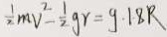
\frac { 1 } { 2 } m V ^ { 2 } - \frac { 1 } { 2 } g r = g \cdot 1 8 R